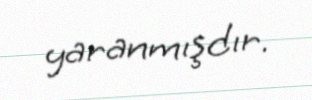
yaranmışdır.